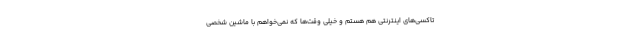
تاکسی‌های اینترنتی هم هستم و خیلی وقت‌ها که نمی‌خواهم با ماشین شخصی